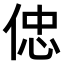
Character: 𠊞